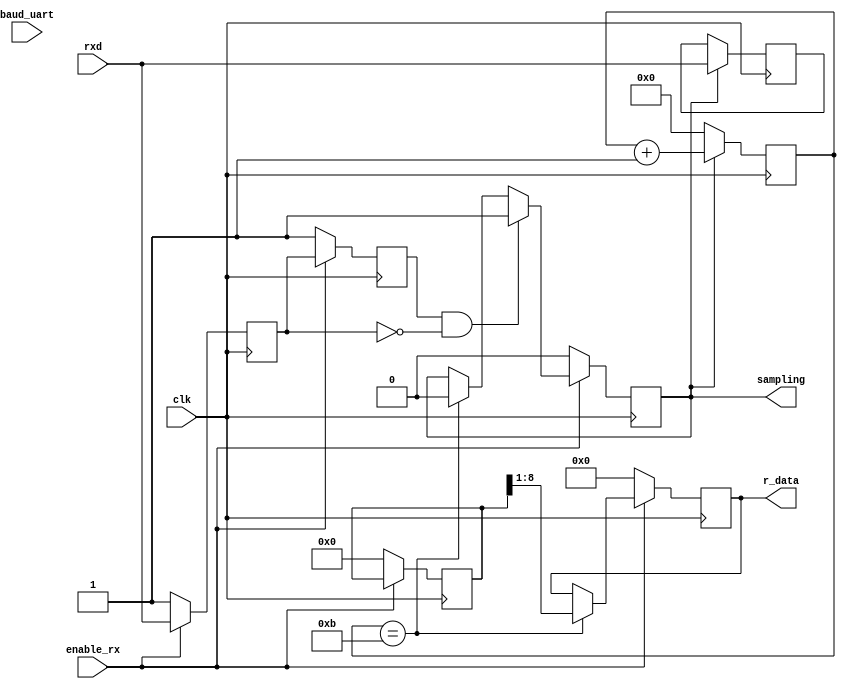
module uart_rx (
                    clk,
                    baud_uart,
                    rxd,
                    enable_rx,
                    sampling,
                    r_data
                    
                    

); // uart receiver

input clk;                              //general CLK
input baud_uart;                        // clock for baudrate
input rxd;                              // uart rxd
input enable_rx;                        //for waiting a lecture

output reg [7:0] r_data;                // received data bits   
output reg sampling;                    // sampling an rxd bit

reg [3:0]   sampling_place;               // center of an rxd bit
reg rxd_new;                            // registered rxd
reg rxd_old;                            // registered rxd_new

reg [3:0]   no_bits_rcvd;          // # of bits received
reg [10:0]  r_buffer;             // 11-bit frame
reg r_ready;                     // receiver is ready
reg parity_error;                // parity check error
reg frame_error;                 // data frame error

/*===================================
DETECT FALLING EDGE
===================================*/
// latch 2 rxd bits for detecting a falling edge
    always @ (posedge clk) begin
        if (!enable_rx) begin
            rxd_old <= 1;               // stop bits
            rxd_new <= 1;               // stop bits
        end 
        else begin
            rxd_old <= rxd_new;         // shift registers
            rxd_new <= rxd;             // shift registers
        end
    end
/*===================================
START BIT DETECTOR
===================================*/
// detect start bit and generate sampling signal
//nyquist
    always @ (posedge clk) begin
        if (!enable_rx) begin
            sampling <= 0;                  // stop sampling
        end 
        else begin
            if (rxd_old && !rxd_new) begin                  // had a negative edge
                if (!sampling)                              // if not sampling yet
                    //sampling_place <= cnt16x + 4'd8;      // +8: center place
                    sampling_place <= baud_uart + 4'd8;    // +8: center place
                    sampling <= 1;                          // sampling please
            end 
            else begin
                if (no_bits_rcvd == 4'd11)           // got one frame
						sampling <= 0;              // stop sampling
            end
        end
    end

/*===================================
COUNTER BITS RECEIVED
===================================*/
// number of bits received
    always @ (posedge clk) begin
        if (!sampling) begin
            no_bits_rcvd <= 4'd0;    // clear counter
        end 
        else begin
            no_bits_rcvd <= no_bits_rcvd + 4'd1;    // counter++
            //r_buffer[no_bits_rcvd] <= rxd;    // save rxd to r_buffer -->ignorar de momento
            r_buffer[4'd10] <= rxd;             //11 bits in one frame
            
        end
    end

/*===================================
RECEPCION TRAMA LISTA
===================================*/
    // one frame, rdn clears r_ready
    always @ (posedge clk ) begin
        if (!enable_rx) begin            // on a reset
            r_ready       <= 0;          // clear ready
            parity_error  <= 0;          // clear parity error
            frame_error   <= 0;
            r_buffer      <= 0;
            r_data        <= 0;
        end 
        else begin
            
            if (no_bits_rcvd == 4'd11) begin            //d'11 porque serian 4'b1011  solo se pueden recibir de 5 a 8 bits, los otros 3 1 de paridad y otro de stop, 1 de error??? 
            //si hay 11 bits recibidos tenemos una trama
                r_data <= r_buffer[8:1];//la informacion de la trama pasa a r_data
                r_ready <= 1;//bandera de trama lista

                if ( ^r_buffer[9:1]) begin  //excluye todo bit del buffer 9:1 que no sea igual al anterior,
                //cada que el bit [9] sea distitnto hay un cambio de paridad 
                    parity_error <= 1;          
                end
                if (!r_buffer[10]) begin    //si se llega a un bit mayor a 10 se manda un error...si no son 10 bits transmitidos manda trama error.
                    frame_error <= 1;
                end
            end
        end
end
    //assign d_out = !rdn ? r_data : 8'hz;


//assert_always #(severity_level, property_type, msg, coverage_level)
    //instance_name(clk,reset,test_exp)
   // assert_always #(1,0, "Err:NON", 0)
     //   AA1 (clk, 1'b1, (cnt >= 0) && (cnt<= 9));
        
endmodule